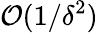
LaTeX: {\cal O}(1/\delta^{2})